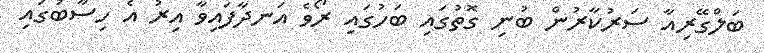
ބަލްގޭރިއާ ސަރުކާރުން ބުނި ގޮތުގައި ބަހުގައި ރޯވެ އަނދާފައިވާ އިރު އެ ހިސާބުގައި